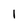
Character: l